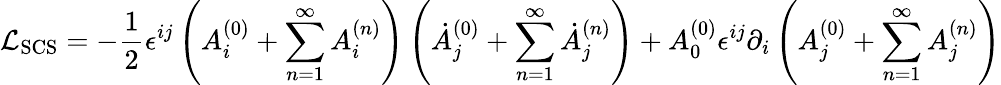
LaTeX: {\cal L}_{\mathrm{SCS}}=-\frac{1}{2}\epsilon^{ij}\left(A_{i}^{(0)}+\sum_{n=1}^{\infty}A_{i}^{(n)}\right)\left(\dot{A}_{j}^{(0)}+\sum_{n=1}^{\infty}\dot{A}_{j}^{(n)}\right)+A_{0}^{(0)}\epsilon^{ij}\partial_{i}\left(A_{j}^{(0)}+\sum_{n=1}^{\infty}A_{j}^{(n)}\right)